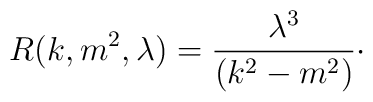
R(k,m^{2},\lambda )=\frac{\lambda ^{3}}{(k^{2}-m^{2})}\cdot